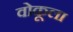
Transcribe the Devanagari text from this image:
वोकूला